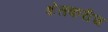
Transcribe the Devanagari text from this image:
शेतकरीच